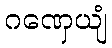
ဂဏှေယျံ